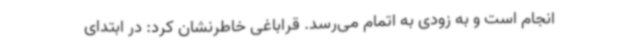
انجام است و به زودی به اتمام می‌رسد. قراباغی خاطرنشان کرد: در ابتدای